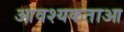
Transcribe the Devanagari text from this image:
आवश्यकताआ